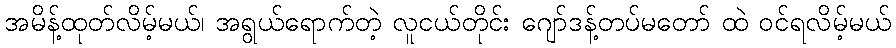
အမိန့်ထုတ်လိမ့်မယ်၊ အရွယ်ရောက်တဲ့ လူငယ်တိုင်း ဂျော်ဒန့်တပ်မတော် ထဲ ဝင်ရလိမ့်မယ်